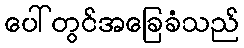
ပေါ်တွင်အခြေခံသည်